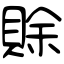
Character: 賖